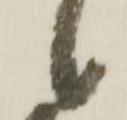
候